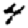
Digit: 4